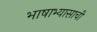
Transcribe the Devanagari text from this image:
भाषाभ्यासाची